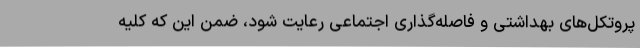
پروتکل‌های بهداشتی و فاصله‌گذاری اجتماعی رعایت شود، ضمن این که کلیه